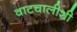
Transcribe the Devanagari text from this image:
वाटचालीशी